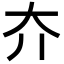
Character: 夰